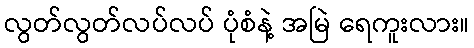
လွတ်လွတ်လပ်လပ် ပုံစံနဲ့ အမြဲ ရေကူးလား။